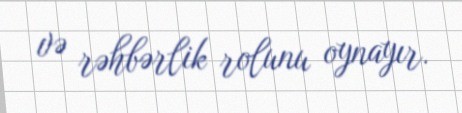
və rəhbərlik rolunu oynayır.